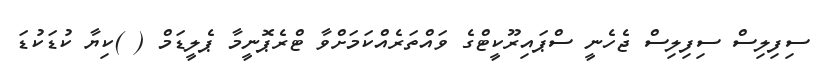
ސިފިލިސް ސިފިލިސް ޖެހެނީ ސްޕައިރޫކީޓްގެ ވައްތަރެއްކަމަށްވާ ޓްރެޕޮނީމާ ޕެލީޑަމް ( )ކިޔާ ކުޑަކުޑަ